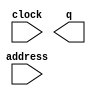
module book (
	address,
	clock,
	q);

	input	[11:0]  address;
	input	  clock;
	output	[11:0]  q;
`ifndef ALTERA_RESERVED_QIS
// synopsys translate_off
`endif
	tri1	  clock;
`ifndef ALTERA_RESERVED_QIS
// synopsys translate_on
`endif

endmodule